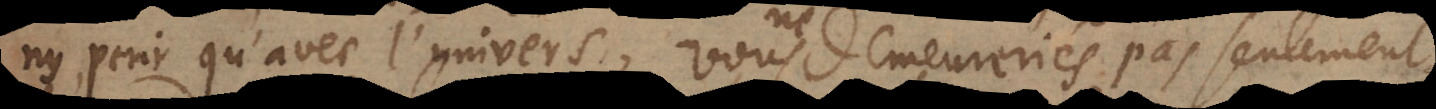
erir qu’avec l’univers, vous ne demeureriés pas seulement